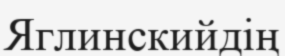
Яглинскийдің